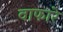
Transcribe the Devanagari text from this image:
वाफारे